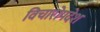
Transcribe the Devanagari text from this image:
विचारोपदेश